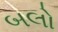
બલો